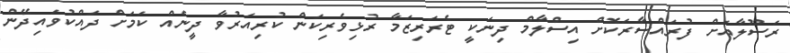
ރަސޫލާއަށް ފުރައްސާރަކޮށް އިސްލާމް ދިނަކީ ޓެރަރިޒަމާ ރުޅިވެރިކަން ކުރިއަރުވާ ދީނެއް ކަމަށް ދައްކުވައިދޭން